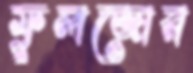
ফুলজোর